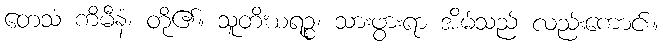
တေသံ ကိမီနံ၊ တို၏။ သူတိဃရဉ္စ၊ သားဖွားရာ အိမ်သည် လည်းကောင်း။